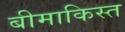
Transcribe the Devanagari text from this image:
बीमाकिस्त